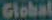
Global